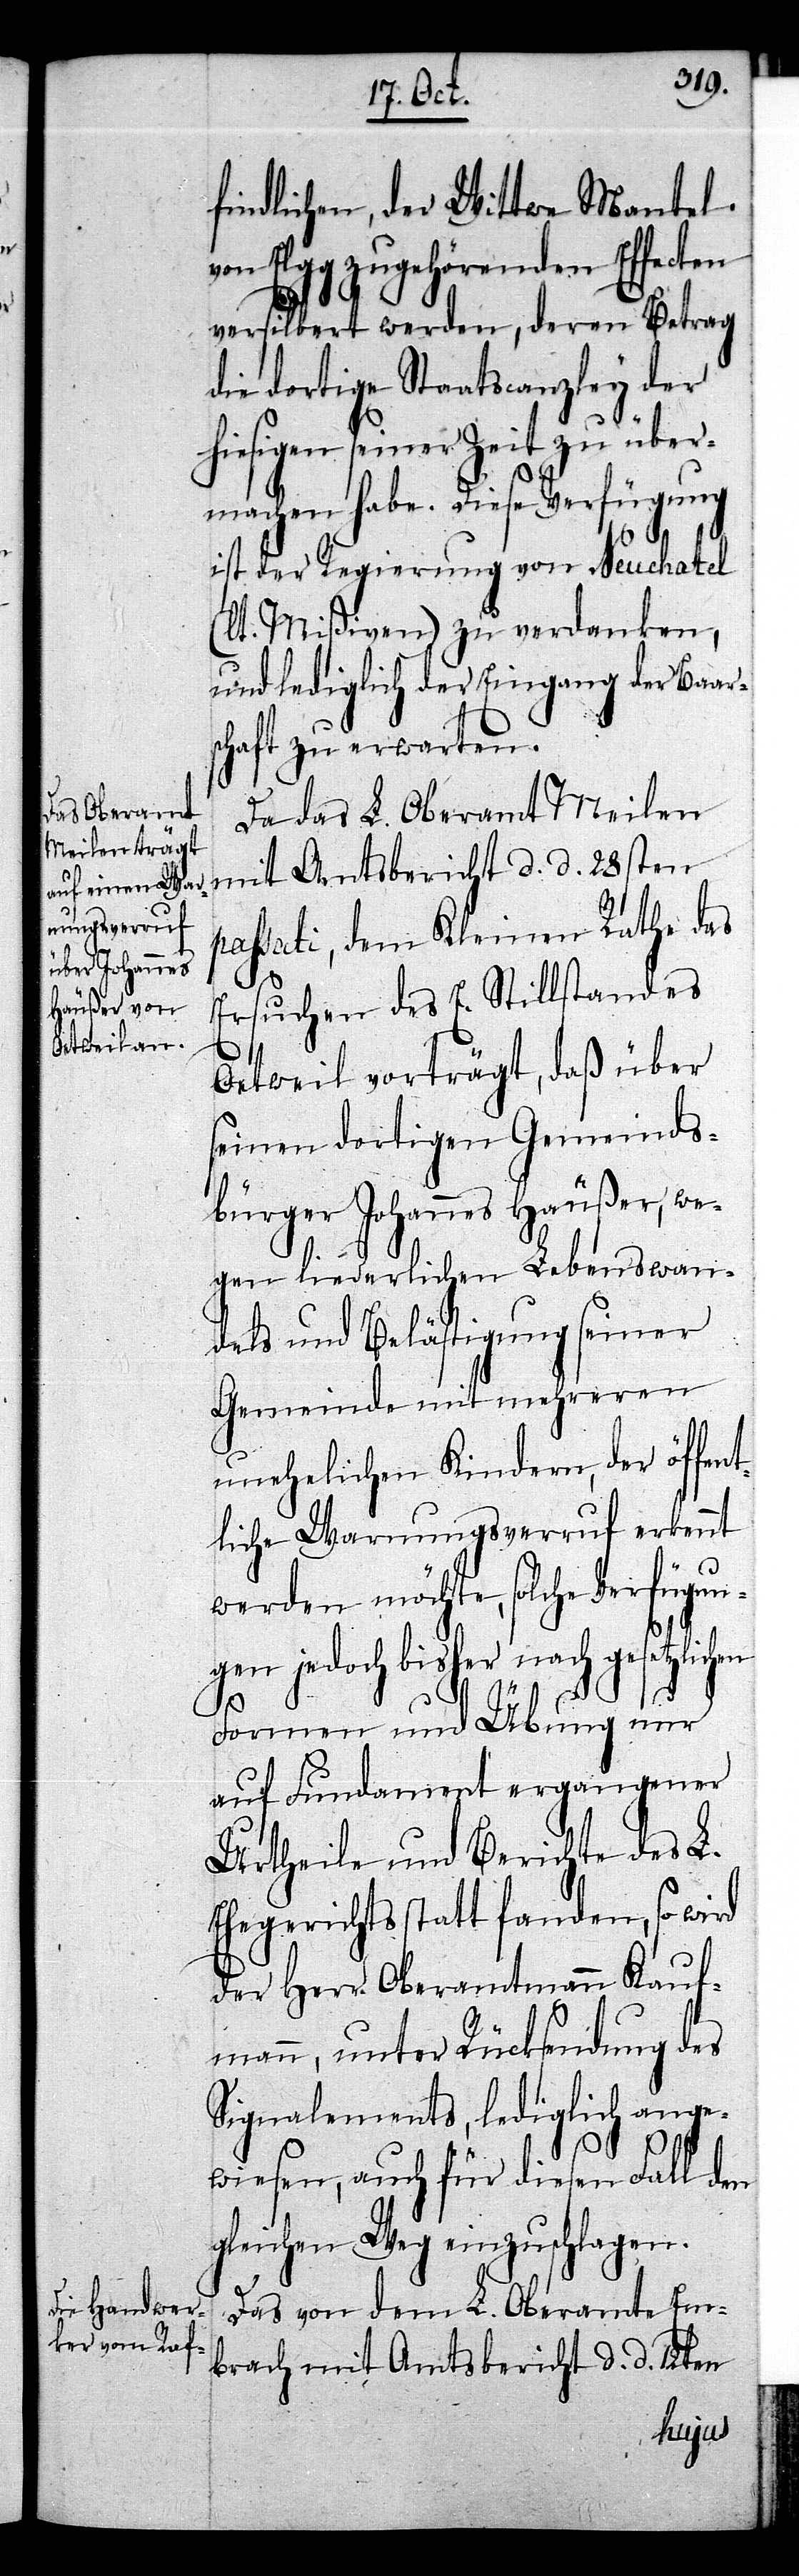
findlichen, der Wittwe Mantel
von Elgg zugehörenden Effecten
versilbert werden, deren Betrag
die dortige Staatscanzley der
hiesigen seiner Zeit zu über¬
machen habe. Diese Verfügung
hen
ist der Regierung von Neuchatel
(lt. Mißiven) zu verdanken,
und lediglich der Eingang der Baar¬
schaft zu erwarten.
Da das L. Oberamt Meilen
mit Amtsbericht d. d. 28sten
passati, dem Kleinen Rathe das
Ersuchen des E. Stillstandes
Oetweil vorträgt, daß über
seinen dortigen Gemeinds¬
bürger Johannes Häußer, we¬
gen liederlichen Lebenswan¬
dels und Belästigung seiner
Gemeinde mit mehreren
unehelichen Kindern, der öffen¬
tliche Warnungsverruf erkennt
werden möchte, solche Verfügun¬
gen jedoch bisher nach gesetzlic¬
Formen und Übung nur
auf Fundament ergangener
Urtheile und Berichte des L.
Ehegerichts statt fanden, so wird
der Herr Oberamtmann Kauf¬
mann, unter Rücksendung des
Signalements, lediglich ange¬
wiesen, auch für diesen Fall den
gleichen Weg einzuschlagen.
Das von dem L. Oberamte Em¬
brach mit Amtsbericht d. d. 12ten